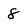
Character: 8